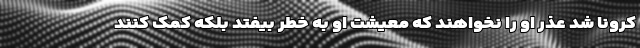
کرونا شد عذر او را نخواهند که معیشت او به خطر بیفتد بلکه کمک کنند